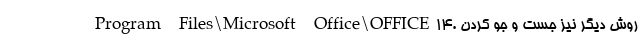
Program Files\Microsoft Office\OFFICE۱۴. روش دیگر نیز جست و جو کردن